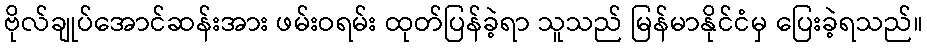
ဗိုလ်ချုပ်အောင်ဆန်းအား ဖမ်းဝရမ်း ထုတ်ပြန်ခဲ့ရာ သူသည် မြန်မာနိုင်ငံမှ ပြေးခဲ့ရသည်။